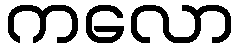
ကလော